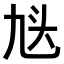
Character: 𬼣